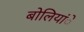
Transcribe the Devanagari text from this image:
बोलियांे